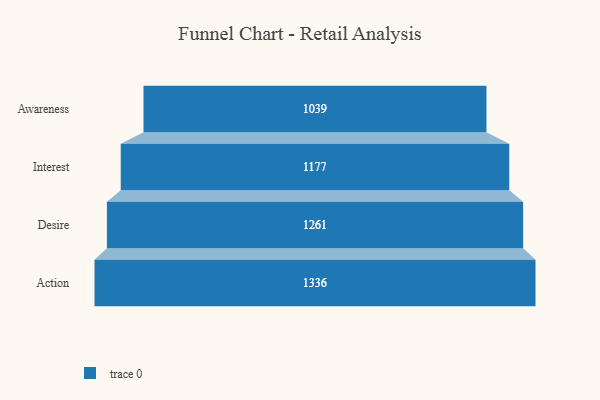
{"axis": {"x": "Stage", "y": "Value"}, "legend": [""], "data": [{"x": "Awareness", "y": 1039.0, "type": ""}, {"x": "Interest", "y": 1177.0, "type": ""}, {"x": "Desire", "y": 1261.0, "type": ""}, {"x": "Action", "y": 1336.0, "type": ""}]}